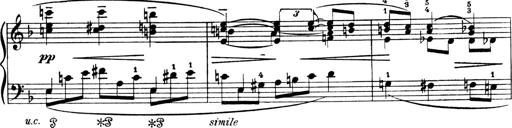
Title: 4 Sonatines
Composer: Max Reger